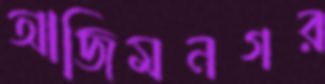
আজিমনগর